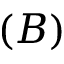
( B )